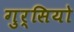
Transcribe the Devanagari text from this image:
गुर्सियो